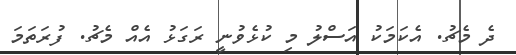
ދެ މެޗު. އެކަމަކު އަސްލު މި ކުޅެވުނީ ރަގަޅު އެއް މެޗު. ފުރަތަމަ